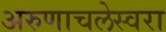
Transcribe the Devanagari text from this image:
अरुणाचलेस्वरा